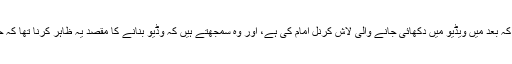
کچھ ماہرین کو شک ہے کہ بعد میں ویڈیو میں دکھائی جانے والی لاش کرنل امام کی ہے، اور وہ سمجھتے ہیں کہ وڈیو بنانے کا مقصد یہ ظاہر کرنا تھا کہ حکیم اللہ محسود زندہ ہے۔